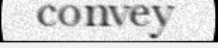
convey